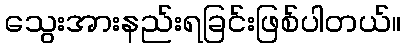
သွေးအားနည်းရခြင်းဖြစ်ပါတယ်။